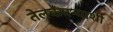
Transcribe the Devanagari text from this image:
तेलकंपन्याशी